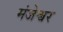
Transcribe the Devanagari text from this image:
मंजेश्वर